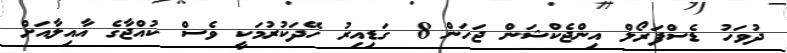
ދުވަހު ޑެސްފަރޯލް އިންޖެކްޝަން ޖަހަން 8 ގަޑިއިރު ހޭދަކުރުމަކީ ވެސް ކުއްޖާގެ އާއިލާއަށް